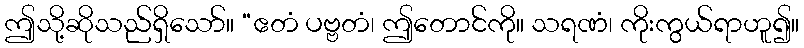
ဤသို့ဆိုသည်ရှိသော်။ “ဧတံ ပဗ္ဗတံ၊ ဤတောင်ကို။ သရဏံ၊ ကိုးကွယ်ရာဟူ၍။